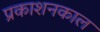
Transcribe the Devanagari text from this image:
प्रकाशनकाल